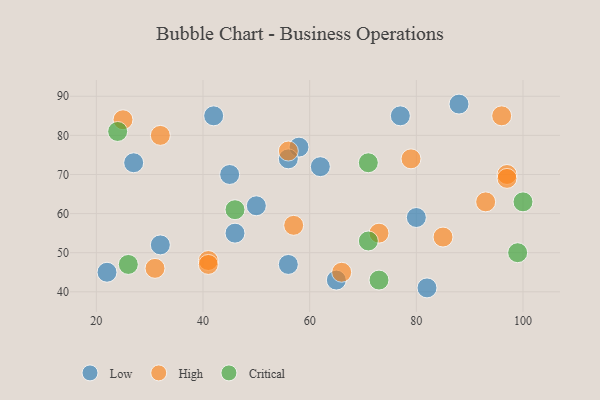
{"axis": {"x": "GDP", "y": "Life Expectancy"}, "legend": ["Critical", "High", "Low"], "data": [{"x": "65", "y": 43, "type": "Low"}, {"x": "88", "y": 88, "type": "Low"}, {"x": "22", "y": 45, "type": "Low"}, {"x": "58", "y": 77, "type": "Low"}, {"x": "42", "y": 85, "type": "Low"}, {"x": "27", "y": 73, "type": "Low"}, {"x": "77", "y": 85, "type": "Low"}, {"x": "46", "y": 55, "type": "Low"}, {"x": "56", "y": 47, "type": "Low"}, {"x": "80", "y": 59, "type": "Low"}, {"x": "62", "y": 72, "type": "Low"}, {"x": "56", "y": 74, "type": "Low"}, {"x": "32", "y": 52, "type": "Low"}, {"x": "82", "y": 41, "type": "Low"}, {"x": "45", "y": 70, "type": "Low"}, {"x": "50", "y": 62, "type": "Low"}, {"x": "79", "y": 74, "type": "High"}, {"x": "32", "y": 80, "type": "High"}, {"x": "31", "y": 46, "type": "High"}, {"x": "93", "y": 63, "type": "High"}, {"x": "96", "y": 85, "type": "High"}, {"x": "56", "y": 76, "type": "High"}, {"x": "73", "y": 55, "type": "High"}, {"x": "97", "y": 70, "type": "High"}, {"x": "41", "y": 48, "type": "High"}, {"x": "25", "y": 84, "type": "High"}, {"x": "57", "y": 57, "type": "High"}, {"x": "97", "y": 69, "type": "High"}, {"x": "66", "y": 45, "type": "High"}, {"x": "41", "y": 47, "type": "High"}, {"x": "85", "y": 54, "type": "High"}, {"x": "100", "y": 63, "type": "Critical"}, {"x": "73", "y": 43, "type": "Critical"}, {"x": "71", "y": 73, "type": "Critical"}, {"x": "46", "y": 61, "type": "Critical"}, {"x": "26", "y": 47, "type": "Critical"}, {"x": "24", "y": 81, "type": "Critical"}, {"x": "99", "y": 50, "type": "Critical"}, {"x": "71", "y": 53, "type": "Critical"}]}